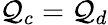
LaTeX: \mathcal{Q}_{c}=\mathcal{Q}_{d}